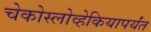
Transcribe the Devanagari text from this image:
चेकोस्लोव्हेकियापर्यंत